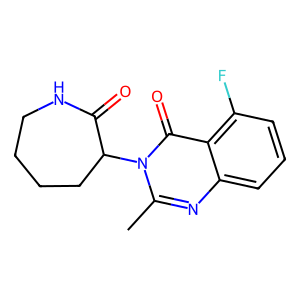
SMILES: Cc1nc2cccc(F)c2c(=O)n1C1CCCCNC1=O
Inhibits HIV replication: No